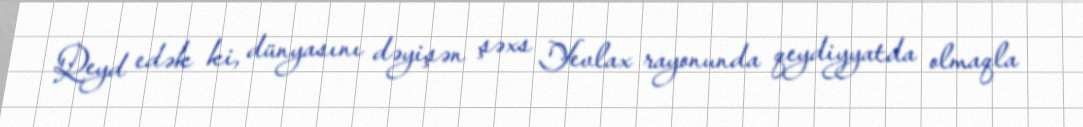
Qeyd edək ki, dünyasını dəyişən şəxs Yevlax rayonunda qeydiyyatda olmaqla